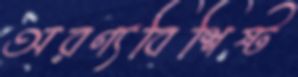
অরণ্যবিশিষ্ট